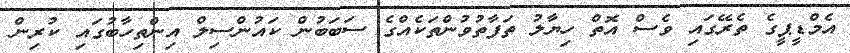
އެމްޑީޕީގެ ތެރޭގައި ވެސް އޮތް ހިޔާލު ތަފާތުވުންތަކެއްގެ ސަބަބުން ކައުންސިލް އިންތިހާބުގައި ކުރިން